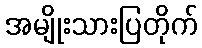
အမျိုးသားပြတိုက်